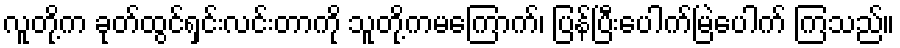
လူတို့က ခုတ်ထွင်ရှင်းလင်းတာကို သူတို့ကမကြောက်၊ ပြန်ပြီးပေါက်မြဲပေါက် ကြသည်။